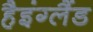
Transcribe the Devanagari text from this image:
हैइंग्लैंड